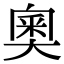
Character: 奧